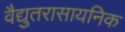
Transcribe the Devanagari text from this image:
वैद्युतरासायनिक